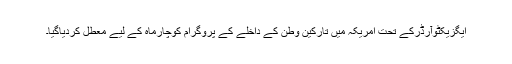
ایگزیکٹوآرڈرکے تحت امریکہ میں تارکین وطن کے داخلے کے پروگرام کوچارماہ کے لیے معطل کردیاگیا۔